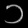
Digit: ၁